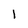
Character: 1